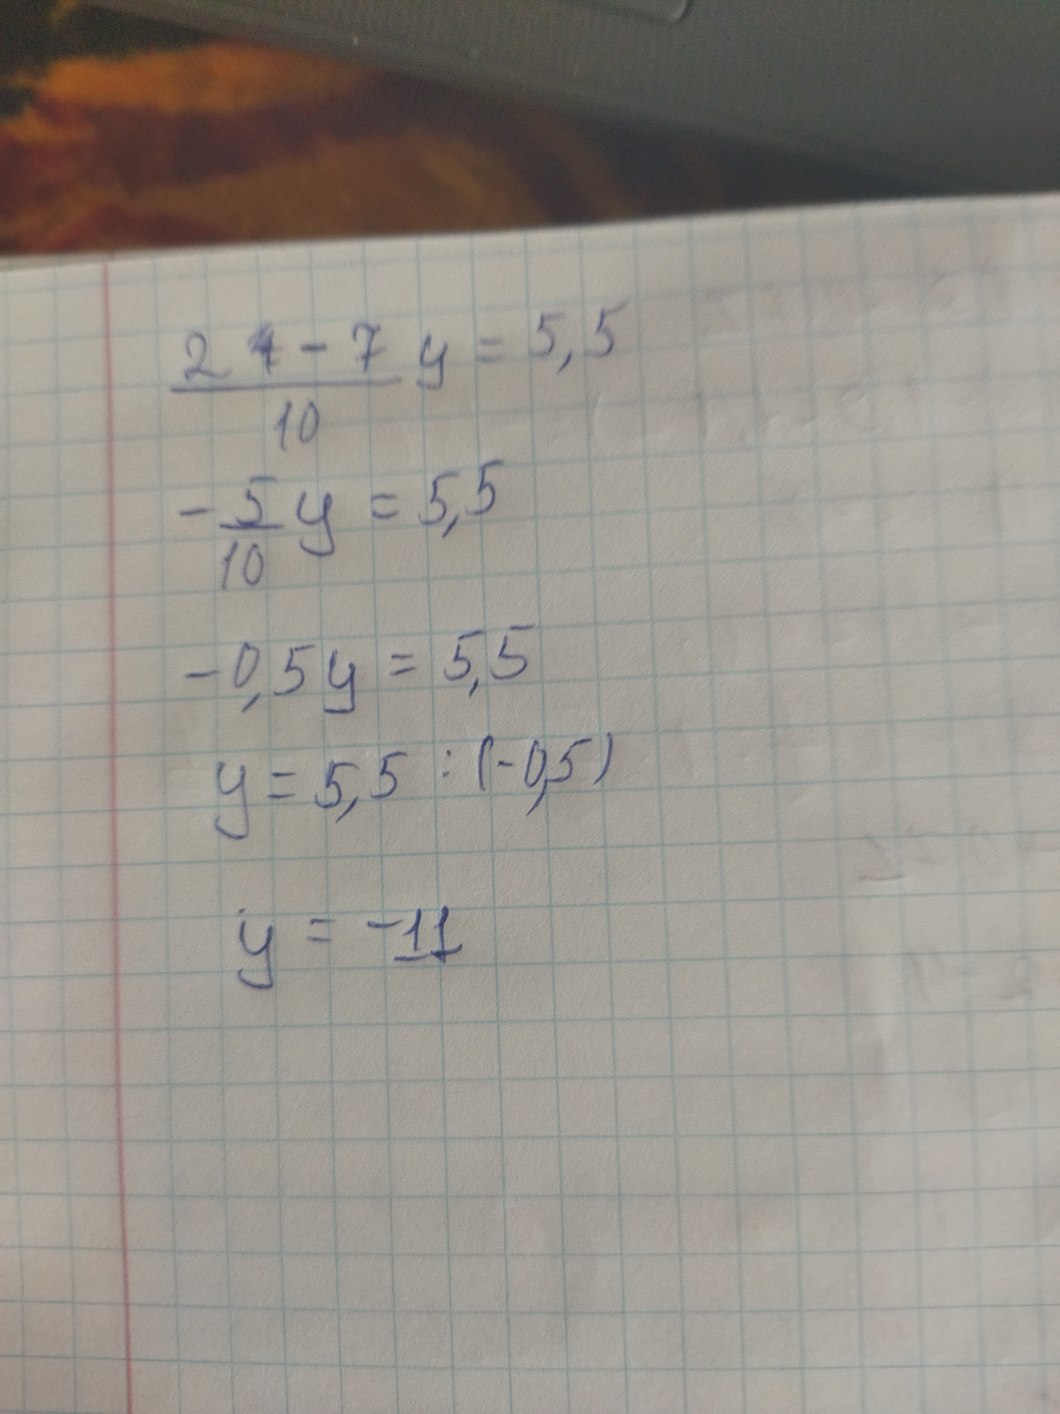
2 ~~4~~ -7 / 10 у = 5,5
- 5/10 y = 5,5
-0,5 y = 5,5
y = 5,5 : (-0,5)
y = -11